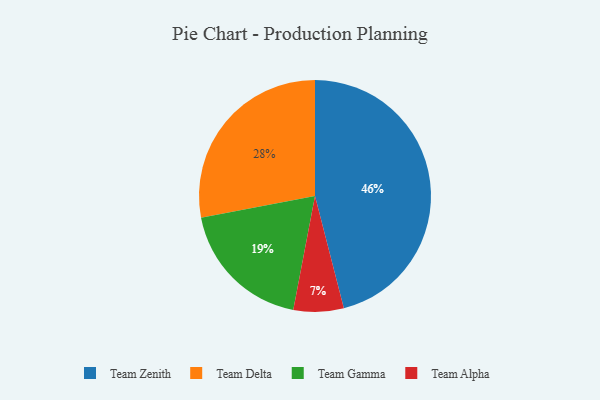
{"axis": {"x": "Category", "y": "Percentage"}, "legend": ["Team Alpha", "Team Delta", "Team Gamma", "Team Zenith"], "data": [{"x": "Team Delta", "y": 28, "type": "Team Delta"}, {"x": "Team Alpha", "y": 7, "type": "Team Alpha"}, {"x": "Team Gamma", "y": 19, "type": "Team Gamma"}, {"x": "Team Zenith", "y": 46, "type": "Team Zenith"}]}